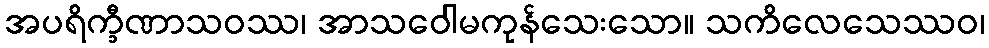
အပရိက္ခီဏာသဝဿ၊ အာသဝေါမကုန်သေးသော။ သကိလေသေဿဝ၊